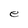
Character: e